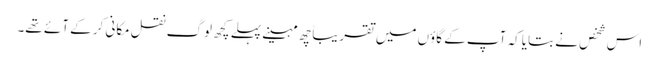
اس شخص نے بتایا کہ آپ کے گاؤں میں تقریباًچھ مہینے پہلے کچھ لوگ نقل مکانی کر کے آئے تھے۔